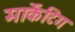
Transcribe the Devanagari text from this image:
मार्केंटिंग